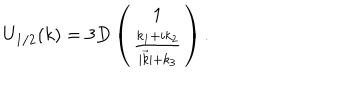
U _ { 1 / 2 } ( k ) = 3 D \left( \begin{array} { c c } { { 1 } } \\ { { \frac { k _ { 1 } + i k _ { 2 } } { | \vec { k } | + k _ { 3 } } } } \\ \end{array} \right) .